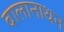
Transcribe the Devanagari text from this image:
बालानाथन